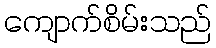
ကျောက်စိမ်းသည်